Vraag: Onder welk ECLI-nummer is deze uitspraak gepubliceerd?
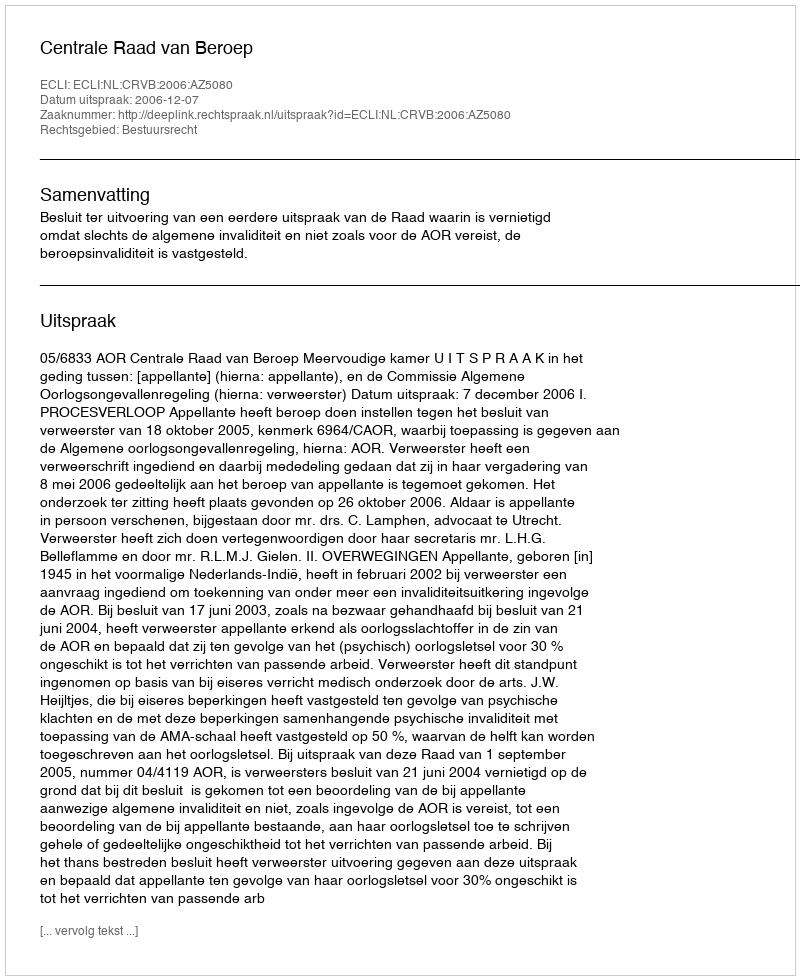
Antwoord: ECLI:NL:CRVB:2006:AZ5080